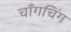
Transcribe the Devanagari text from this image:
चाँगचिंग